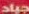
جياد